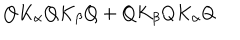
LaTeX: Q K _ { \alpha } Q K _ { \beta } Q + Q K _ { \beta } Q K _ { \alpha } Q